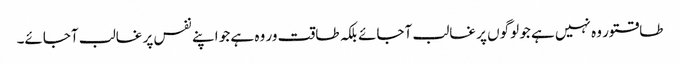
طاقتور وہ نہیں ہے جو لوگوں پر غالب آجائے بلکہ طاقت ور وہ ہے جو اپنے نفس پر غالب آجائے۔